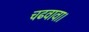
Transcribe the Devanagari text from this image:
चढवावा।